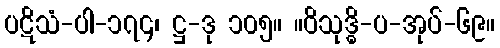
ပဋိသံ-ပါ-၁၇၄၊ ဋ္ဌ-ဒု ၁၀၅။ ။ဝိသုဒ္ဓိ-ပ-အုပ်-၆၉။